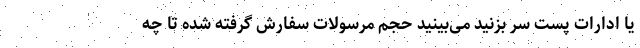
یا ادارات پست سر بزنید می‌بینید حجم مرسولات سفارش گرفته شده تا چه